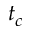
t _ { c }